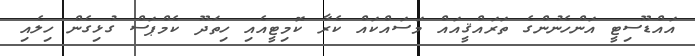
އައްޑޫސިޓީ އަންހެނުންގެ ތަރައްޤީއައް މަސައްކައް ކެރާ ކޮމިޓީއެއި ހިތަދޫ ކެމްޕަސް ގުޅިގެން ހިލެއި